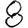
Digit: 8